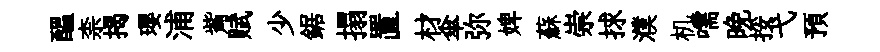
醖柰揭瓔浦觜赋少鋸搨置材傘弥婢蘇崇捄濮机嚅晩挼弋預